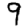
Digit: 9